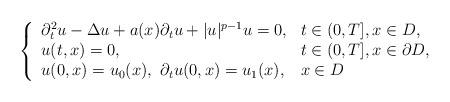
LaTeX: \begin{align*} \left\{ \begin{array}{ll} \partial_t^2 u - \Delta u + a(x) \partial_t u + |u|^{p-1}u = 0, &t\in (0,T], x \in D, \\ u(t,x) = 0, &t \in (0,T], x \in \partial D,\\ u(0,x) = u_0(x), \ \partial_t u(0,x) = u_1(x), &x \in D \end{array} \right.\end{align*}